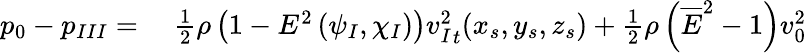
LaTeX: \begin{array}{rl}{p_{0}-p_{III}={}}&{{}\frac{1}{2}\rho\left(1-E^{2}\left(\psi_{I},\chi_{I}\right)\right){v_{I}^{2}}_{t}(x_{s},y_{s},z_{s})+\frac{1}{2}\rho\left(\overline{{E}}^{2}-1\right)v_{0}^{2}}\end{array}